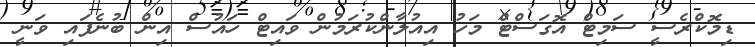
ޑިމޮކްރެސީ ސަމިޓް އޮގަސްޓް މަހު އިއުލާންކުރަމުން ވައިޓް ހައުސް އިން ބުނެފައި ވަނީ